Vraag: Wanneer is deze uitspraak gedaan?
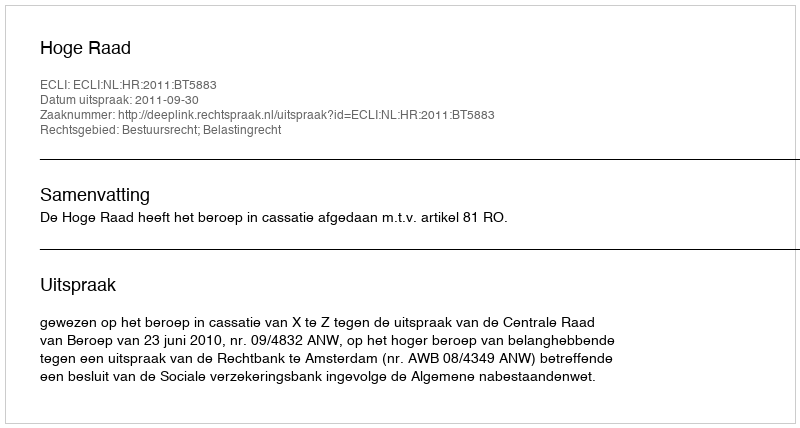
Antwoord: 2011-09-30